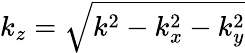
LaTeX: k_{z}=\sqrt{k^{2}-k_{x}^{2}-k_{y}^{2}}